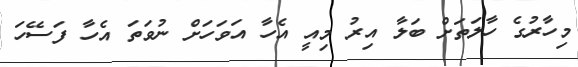
މިހާރުގެ ހާލަތަށް ބަލާ އިރު މިއީ އެހާ އަވަހަށް ނުވަތަ އެހާ ފަސޭހަ